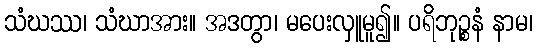
သံဃဿ၊ သံဃာအား။ အဒတွာ၊ မပေးလှူမူ၍။ ပရိဘုဉ္စနံ နာမ၊